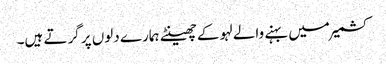
کشمیر میں بہنے والے لہو کے چھینٹے ہمارے دلوں پر گرتے ہیں۔